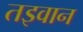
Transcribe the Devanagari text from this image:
तइवान